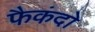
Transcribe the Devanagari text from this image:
फैकंदो